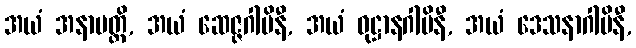
အယံ အနာပတ္တိ, အယံ ဆေဇ္ဇဂါမိနီ, အယံ ဝုဋ္ဌာနဂါမိနီ, အယံ ဒေသနာဂါမိနီ,